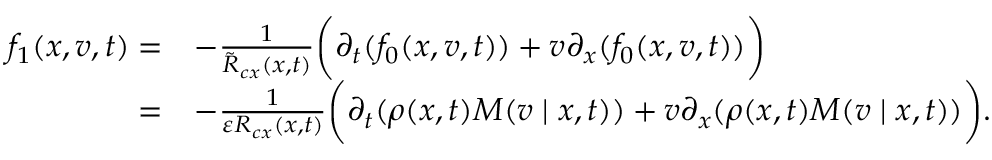
\begin{array} { r l } { f _ { 1 } ( x , v , t ) = } & { - \frac { 1 } { \tilde { R } _ { c x } ( x , t ) } \bigg ( \partial _ { t } ( f _ { 0 } ( x , v , t ) ) + v \partial _ { x } ( f _ { 0 } ( x , v , t ) ) \bigg ) } \\ { = } & { - \frac { 1 } { \varepsilon R _ { c x } ( x , t ) } \bigg ( \partial _ { t } ( \rho ( x , t ) M ( v \mid x , t ) ) + v \partial _ { x } ( \rho ( x , t ) M ( v \mid x , t ) ) \bigg ) . } \end{array}